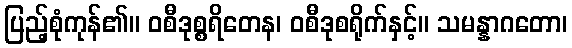
ပြည့်စုံကုန်၏။ ဝစီဒုစ္စရိတေန၊ ဝစီဒုစရိုက်နှင့်။ သမန္နာဂတော၊